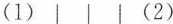
(1) (2)